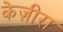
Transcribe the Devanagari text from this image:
केज़ीरा